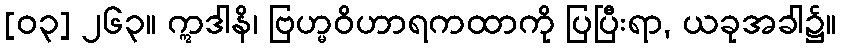
[၀၃] ၂၆၃။ ဣဒါနိ၊ ဗြဟ္မဝိဟာရကထာကို ပြပြီးရာ, ယခုအခါ၌။